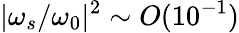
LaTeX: |\omega_{s}/\omega_{0}|^{2}\sim O(10^{-1})